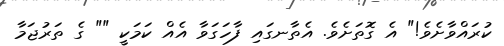
ކުރައްވާށެވެ!" އެ ގޮތަށެވެ. އެތާނގައި ފާހަގަވާ އެއް ކަމަކީ "" ގެ ތަރުޖަމާ